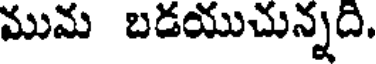
ముమ బడయుచున్నది.